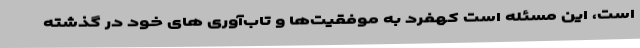
است، این مسئله است کهفرد به موفقیت‌ها و تاب‌آوری های خود در گذشته